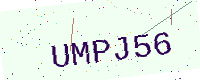
Text: UMPJ56